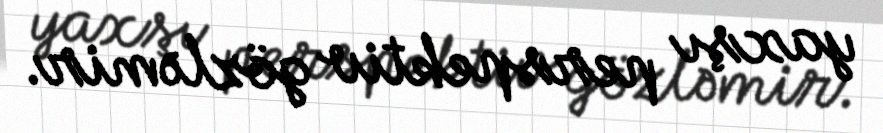
yaxşı perspektiv gözləmir.